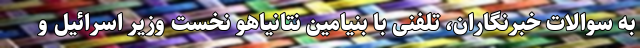
به سوالات خبرنگاران، تلفنی با بنیامین نتانیاهو نخست وزیر اسرائیل و